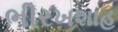
ભીરખશાહ